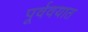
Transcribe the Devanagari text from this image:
पूर्ववयात